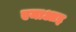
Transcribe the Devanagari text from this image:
एमाआइ